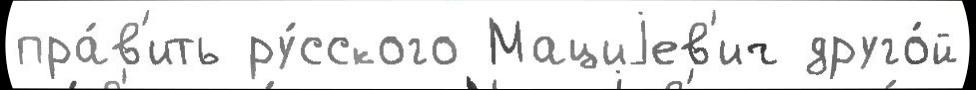
пра́в'ить ру́сского Мациjев'ич друго́й